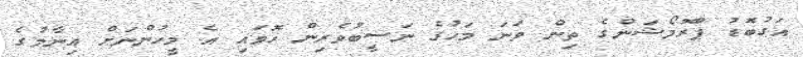
އަގުބޮޑު ޕްރޮމޯޝަންގެ ތިން ވަނަ މަހުގެ ނަސީބުވެރިން ހޮވައި އެ މީހުންނަށް އިނާމުގެ